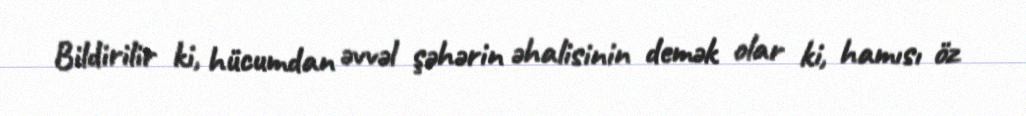
Bildirilir ki, hücumdan əvvəl şəhərin əhalisinin demək olar ki, hamısı öz